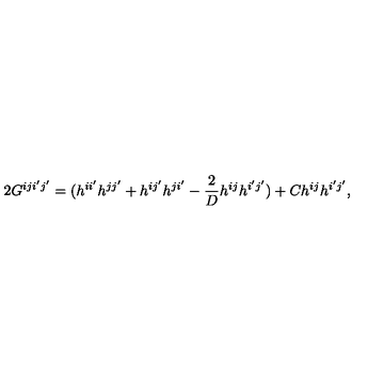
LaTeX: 2 G ^ { i j i ^ { \prime } j ^ { \prime } } = ( h ^ { i i ^ { \prime } } h ^ { j j ^ { \prime } } + h ^ { i j ^ { \prime } } h ^ { j i ^ { \prime } } - \frac { 2 } { D } h ^ { i j } h ^ { i ^ { \prime } j ^ { \prime } } ) + C h ^ { i j } h ^ { i ^ { \prime } j ^ { \prime } } ,